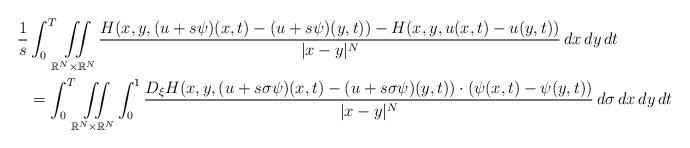
LaTeX: \begin{align*}\frac{1}{s} &\int_0^T\iint\limits_{\mathbb{R}^N\times \mathbb{R}^N} \frac{H(x,y,(u+s\psi)(x,t)-(u+s\psi)(y,t))-H(x,y,u(x,t)-u(y,t))}{|x-y|^N}\,dx\,dy\,dt\\&=\int_0^T\iint\limits_{\mathbb{R}^N\times \mathbb{R}^N} \int_0^1 \frac{D_\xi H(x,y,(u+s\sigma\psi)(x,t)-(u+s\sigma\psi)(y,t))\cdot(\psi(x,t)-\psi(y,t))}{|x-y|^N}\,d\sigma\,dx\,dy\,dt\end{align*}